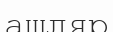
ашляр